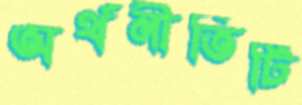
অর্থনীতিটি